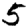
Digit: 5